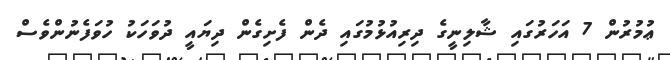
ޢުމުރުން 7 އަހަރުގައި ޝާލިނީގެ ދިރިއުޅުމުގައި ދެން ފެށިގެން ދިޔައީ ދުވަހަކު ހުވަފެނުންވެސް